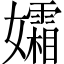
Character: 孀